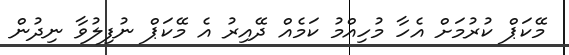
މޭކަޕް ކުރުމަށް އެހާ މުހިއްމު ކަމެއް ދޭއިރު އެ މޭކަޕް ނުފިލުވާ ނިދުން